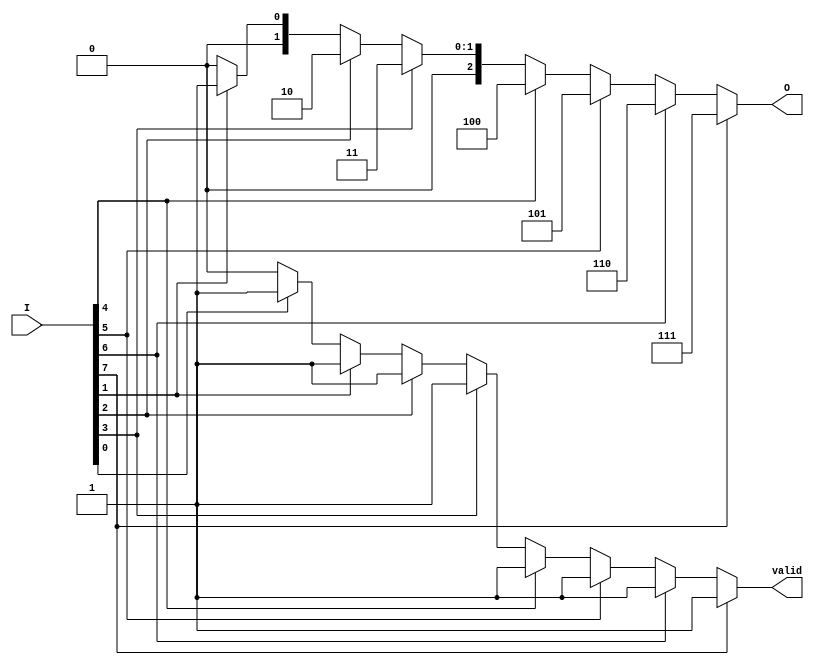
module encoder_8to3 (
    input wire [7:0] I,  // 8 input lines
    output reg [2:0] O,  // 3-bit output
    output reg valid      // Valid signal to indicate if the output is valid
);

always @(*) begin
    // Default output and valid signal
    O = 3'b000;          // Default output for invalid state
    valid = 1'b0;        // Default valid signal

    case (1'b1) // Check for the highest priority input
        I[7]: begin O = 3'b111; valid = 1'b1; end
        I[6]: begin O = 3'b110; valid = 1'b1; end
        I[5]: begin O = 3'b101; valid = 1'b1; end
        I[4]: begin O = 3'b100; valid = 1'b1; end
        I[3]: begin O = 3'b011; valid = 1'b1; end
        I[2]: begin O = 3'b010; valid = 1'b1; end
        I[1]: begin O = 3'b001; valid = 1'b1; end
        I[0]: begin O = 3'b000; valid = 1'b1; end
        default: begin O = 3'b000; valid = 1'b0; end // Invalid state
    endcase
end

endmodule